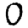
Digit: 0